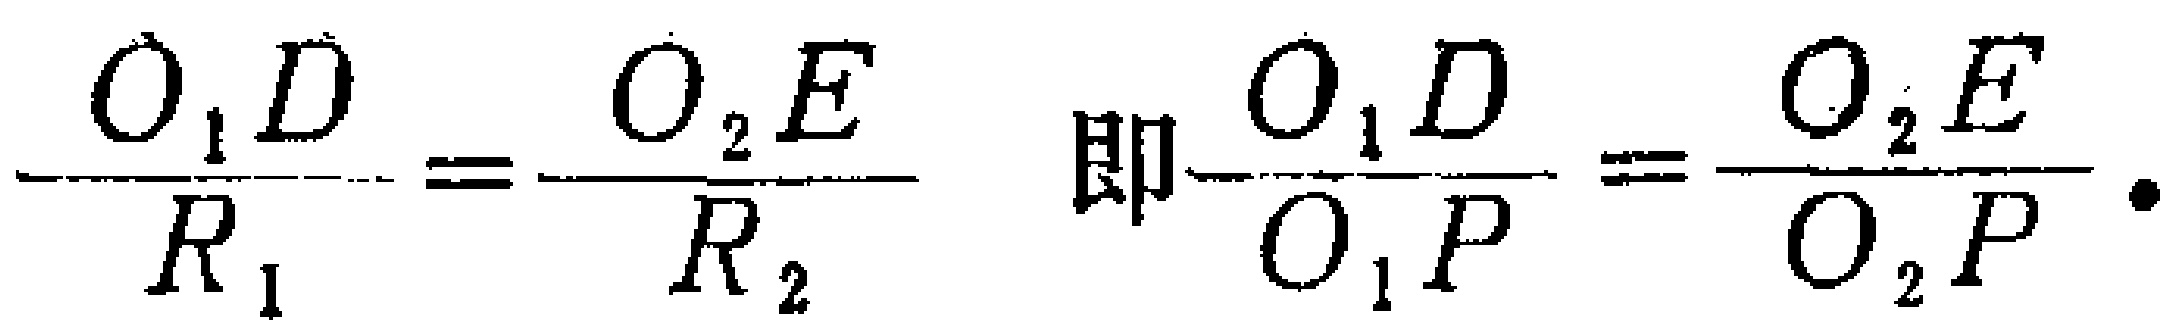
\(\frac{O_{1}D}{R_{1}}=\frac{O_{2}E}{R_{2}}\) 即\(\frac{O_{1}D}{O_{1}P}=\frac{O_{2}E}{O_{2}P}.\)